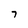
Character: 7